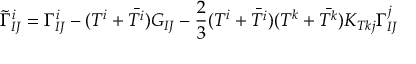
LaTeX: \tilde { \Gamma } _ { I J } ^ { i } = \Gamma _ { I J } ^ { i } - ( T ^ { i } + \bar { T ^ { i } } ) G _ { I J } - { \frac { 2 } { 3 } } ( T ^ { i } + \bar { T ^ { i } } ) ( T ^ { k } + \bar { T ^ { k } } ) K _ { T k j } \Gamma _ { I J } ^ { j }